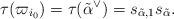
LaTeX: \begin{align*}\tau(\varpi_{i_0})=\tau(\tilde{\alpha}^\vee)=s_{\tilde{\alpha},1}s_{\tilde{\alpha}}.\end{align*}